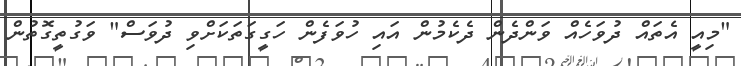
"މިއީ އެތައް ދުވަހެއް ވަންދެން ދެކެމުން އައި ހުވަފެން ހަގީގަތަކަށްވި ދުވަސް" ވަގުތީގޮތުން